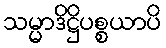
သမ္မာဒိဋ္ဌိပစ္စယာပိ